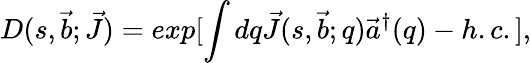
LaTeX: D(s,\vec{b};\vec{J})=exp[\int dq\vec{J}(s,\vec{b};q)\vec{a}^{\dagger}(q)-h.c.],